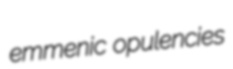
emmenic opulencies